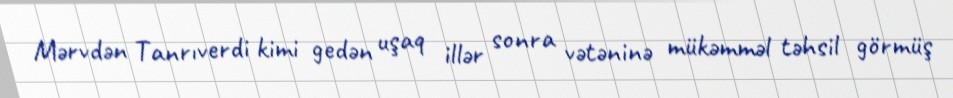
Mərvdən Tanrıverdi kimi gedən uşaq illər sonra vətəninə mükəmməl təhsil görmüş